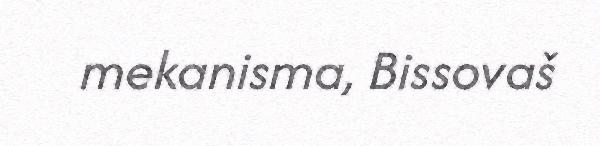
mekanisma, Bissovaš